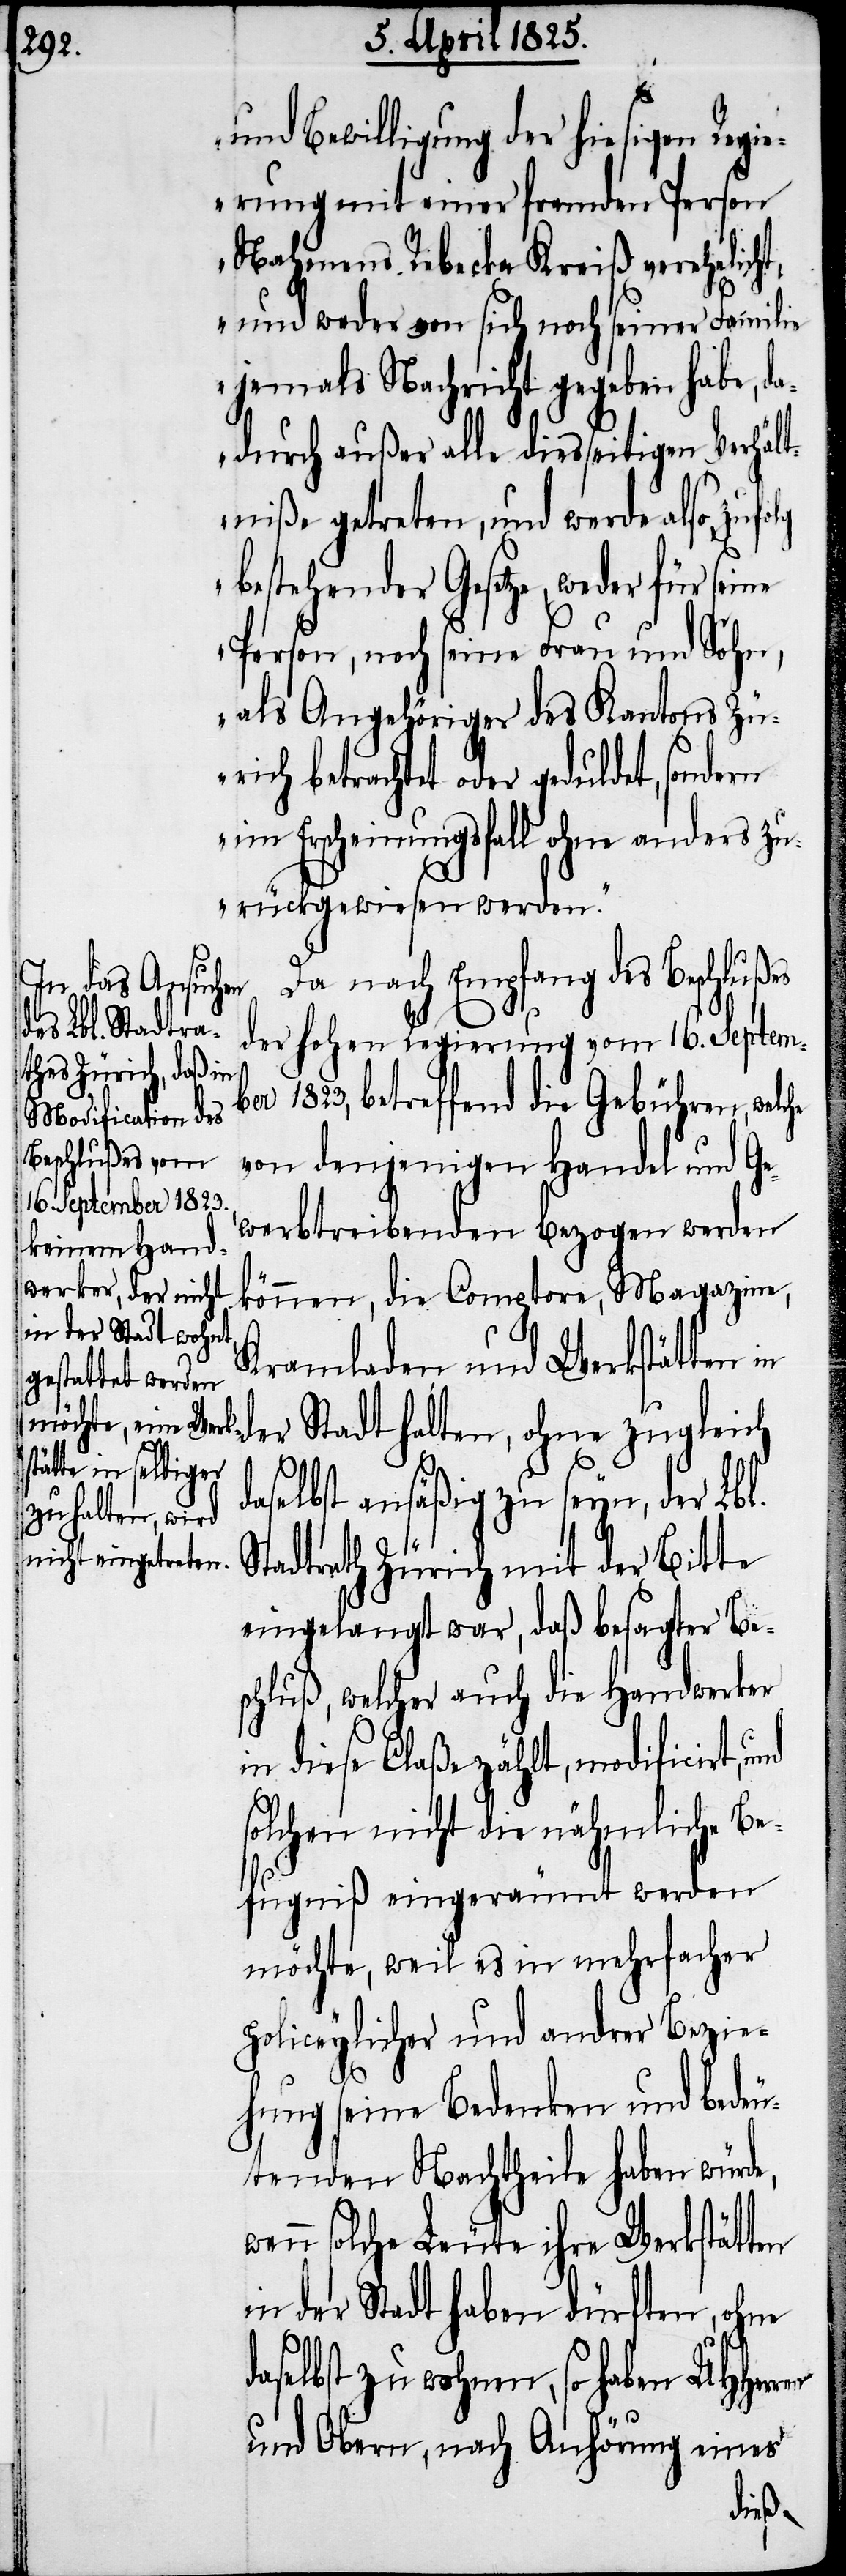
und Bewilligung der hiesigen Regi¬
erung mit einer fremden Person
Nahmens Rebecka Kreiß verehelic¬
und weder von sich noch seiner Famili¬
e jemals Nachricht gegeben habe, da¬
ren
durch außer alle diesseitigen Verhält¬
niße getreten, und werde also, zuf¬
bestehender Gesetze, weder für seine
Person, noch seine Frau und Sohn,
als Angehöriger des Kantons Zü¬
rich betrachtet oder geduldet, sondern
im Erscheinungsfall ohne anders zu¬
rückgewiesen werden.“
Da nach Empfang des Beschlußes
der hohen Regierung vom 16. Septem¬
ber 1823, betreffend die Gebühren, welche
von denjenigen Handel und Ge¬
werbtreibenden bezogen werden
können, die Comptore, Magazine,
Kramladen und Werkstätten in
er Stadt halten, ohne zugleich
aselbst ansäßig zu seyn, der Lbl.
Stadtrath Zürich mit der Bitte
eingelangt war, daß besagter Be¬
schluß, welcher auch die Handwerker
in diese Claße zählt, modificirt, und
solchen nicht die nähmliche Be¬
fugniß eingeräumt werden
möchte, weil es in mehrfacher
policeylicher und andrer Bezie¬
hung seine Bedenken und bedeu¬
tenden Nachtheile haben würde,
enn solche Leute ihre Werkstätten
in der Stadt haben dürften, ohne
aselbst zu wohnen, so haben UHHer¬
und Obern, nach Anhörung eines